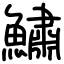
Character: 鱐